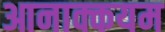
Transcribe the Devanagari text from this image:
आनाक्कयम